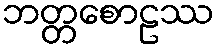
ဘတ္တစောဠဿ